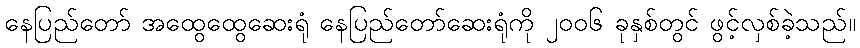
နေပြည်တော် အထွေထွေဆေးရုံ နေပြည်တော်ဆေးရုံကို ၂၀၀၆ ခုနှစ်တွင် ဖွင့်လှစ်ခဲ့သည်။